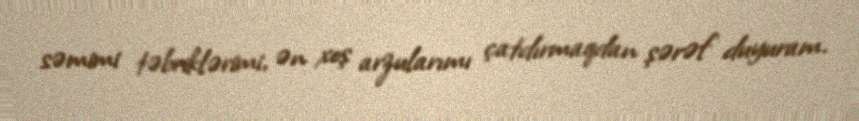
səmimi təbriklərimi, ən xoş arzularımı çatdırmaqdan şərəf duyuram.